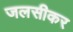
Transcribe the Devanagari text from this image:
जलसीकर